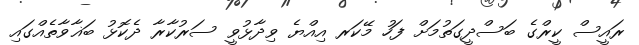
ރައީސް ކީރްގެ ބަސްދީގަތުމަށް ފަހު މޭކަރ އިއްޔެ ވިދާޅުވީ ސަރުކާރާ ދެކޮޅު ބަޣާވާތެއްގައި